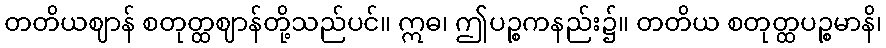
တတိယဈာန် စတုတ္ထဈာန်တို့သည်ပင်။ ဣဓ၊ ဤပဉ္စကနည်း၌။ တတိယ စတုတ္ထပဉ္စမာနိ၊